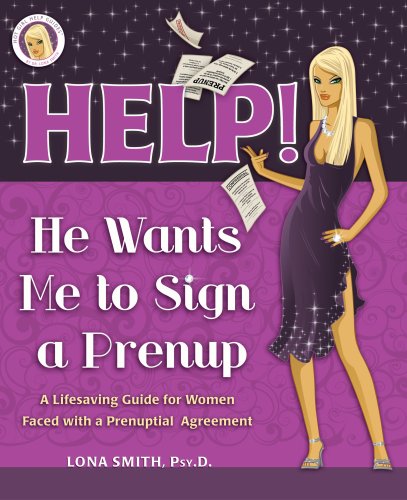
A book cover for Help! He Wants Me To Sign a Prenup: A Lifesaving Guide for Women Faced with Signing a Prenuptial Agreement; Dr. Lona Smith; Law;